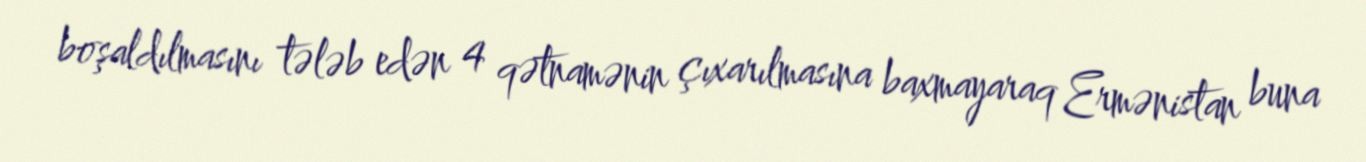
boşaldılmasını tələb edən 4 qətnamənin çıxarılmasına baxmayaraq Ermənistan buna